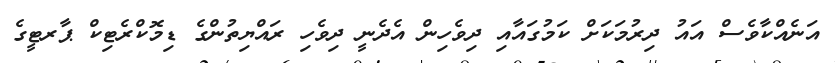
އަނެއްކާވެސް އައު ދިރުމަކަށް ކަމުގައާއި ދިވެހިން އެދެނީ ދިވެހި ރައްޔިތުންގެ ޑިމޮކްރެޓިކް ޕާރޓީގެ